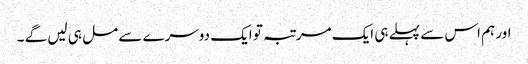
اور ہم اس سے پہلے ہی ایک مرتبہ تو ایک دوسرے سے مل ہی لیں گے ۔